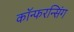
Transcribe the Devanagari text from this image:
कॉन्फरन्सिंग